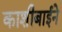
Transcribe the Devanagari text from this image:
काशीबाईने